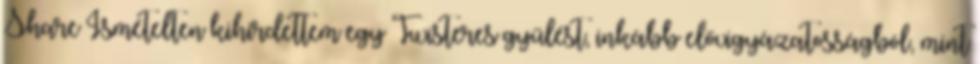
Share Ismételten kihirdettem egy Twisteres gyűlést, inkább elővigyázatosságból, mint